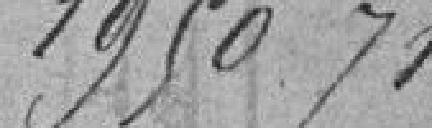
1950.71